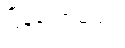
ပြန်တော့မယ်။